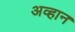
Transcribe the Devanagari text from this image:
अव्हान